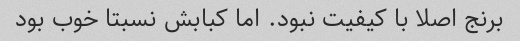
برنج اصلا با کیفیت نبود. اما کبابش نسبتا خوب بود